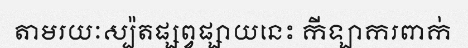
តាមរយៈស្ប៉តផ្សព្វផ្សាយនេះ កីឡាករពាក់